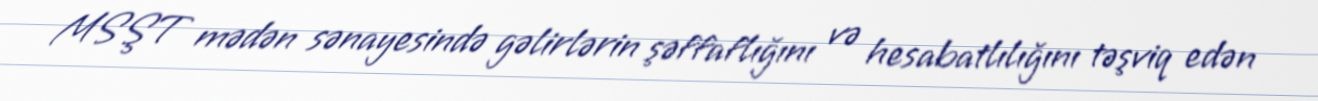
MSŞT mədən sənayesində gəlirlərin şəffaflığını və hesabatlılığını təşviq edən